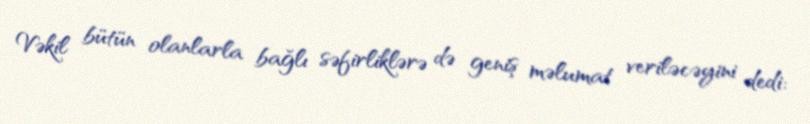
Vəkil bütün olanlarla bağlı səfirliklərə də geniş məlumat veriləcəyini dedi: